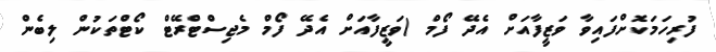
ފުރިހަމަކޮށްފައިވާ ވަޒީފާއަށް އެދޭ ފޯމް (ވަޒީފާއަށް އެދޭ ފޯމް މެޖިސްޓްރޭޓް ކޯޓްތަކުން ލިބެން